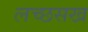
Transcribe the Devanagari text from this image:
लच्छसख